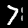
Label: 7